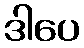
ဒါပေ